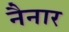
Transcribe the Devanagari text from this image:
नैनार